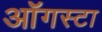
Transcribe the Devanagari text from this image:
ऑगस्‍टा